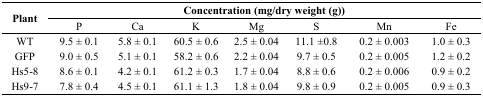
| <ROWSPAN=2> Plant | <COLSPAN=7> Concentration (mg/dry weight (g)) |
 | P | Ca | K | Mg | S | Mn | Fe |
 | --- | --- | --- | --- | --- | --- | --- | --- |
 | WT | 9.5 ± 0.1 | 5.8 ± 0.1 | 60.5 ± 0.6 | 2.5 ± 0.04 | 11.1 ±0.8 | 0.2 ± 0.003 | 1.0 ± 0.3 |
 | GFP | 9.0 ± 0.5 | 5.1 ± 0.1 | 58.2 ± 0.6 | 2.2 ± 0.04 | 9.7 ± 0.5 | 0.2 ± 0.005 | 1.2 ± 0.2 |
 | Hs5-8 | 8.6 ± 0.1 | 4.2 ± 0.1 | 61.2 ± 0.3 | 1.7 ± 0.04 | 8.8 ± 0.6 | 0.2 ± 0.006 | 0.9 ± 0.2 |
 | Hs9-7 | 7.8 ± 0.4 | 4.5 ± 0.1 | 61.1 ± 1.3 | 1.8 ± 0.04 | 9.8 ± 0.9 | 0.2 ± 0.005 | 0.9 ± 0.3 |